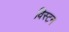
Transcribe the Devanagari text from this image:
विस्टन